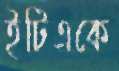
ইটিএকে